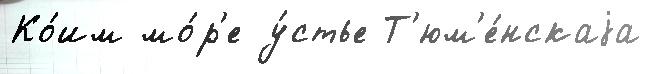
Ко́им мо́р'е у́стье Т'юм'е́нскаjа